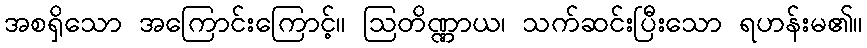
အစရှိသော အကြောင်းကြောင့်။ ဩတိဏ္ဏာယ၊ သက်ဆင်းပြီးသော ရဟန်းမ၏။